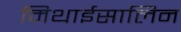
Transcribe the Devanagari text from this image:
मिथाईसालिन